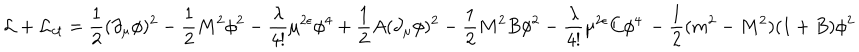
{ \cal L } + { \cal L } _ { c t } = { \frac { 1 } { 2 } } ( \partial _ { \mu } \phi ) ^ { 2 } - { \frac { 1 } { 2 } } M ^ { 2 } \phi ^ { 2 } - { \frac { \lambda } { 4 ! } } \mu ^ { 2 \epsilon } \phi ^ { 4 } + { \frac { 1 } { 2 } } A ( \partial _ { \mu } \phi ) ^ { 2 } - { \frac { 1 } { 2 } } M ^ { 2 } B \phi ^ { 2 } - { \frac { \lambda } { 4 ! } } \mu ^ { 2 \epsilon } C \phi ^ { 4 } \, - { \frac { 1 } { 2 } } ( m ^ { 2 } - M ^ { 2 } ) ( 1 + B ) \phi ^ { 2 }